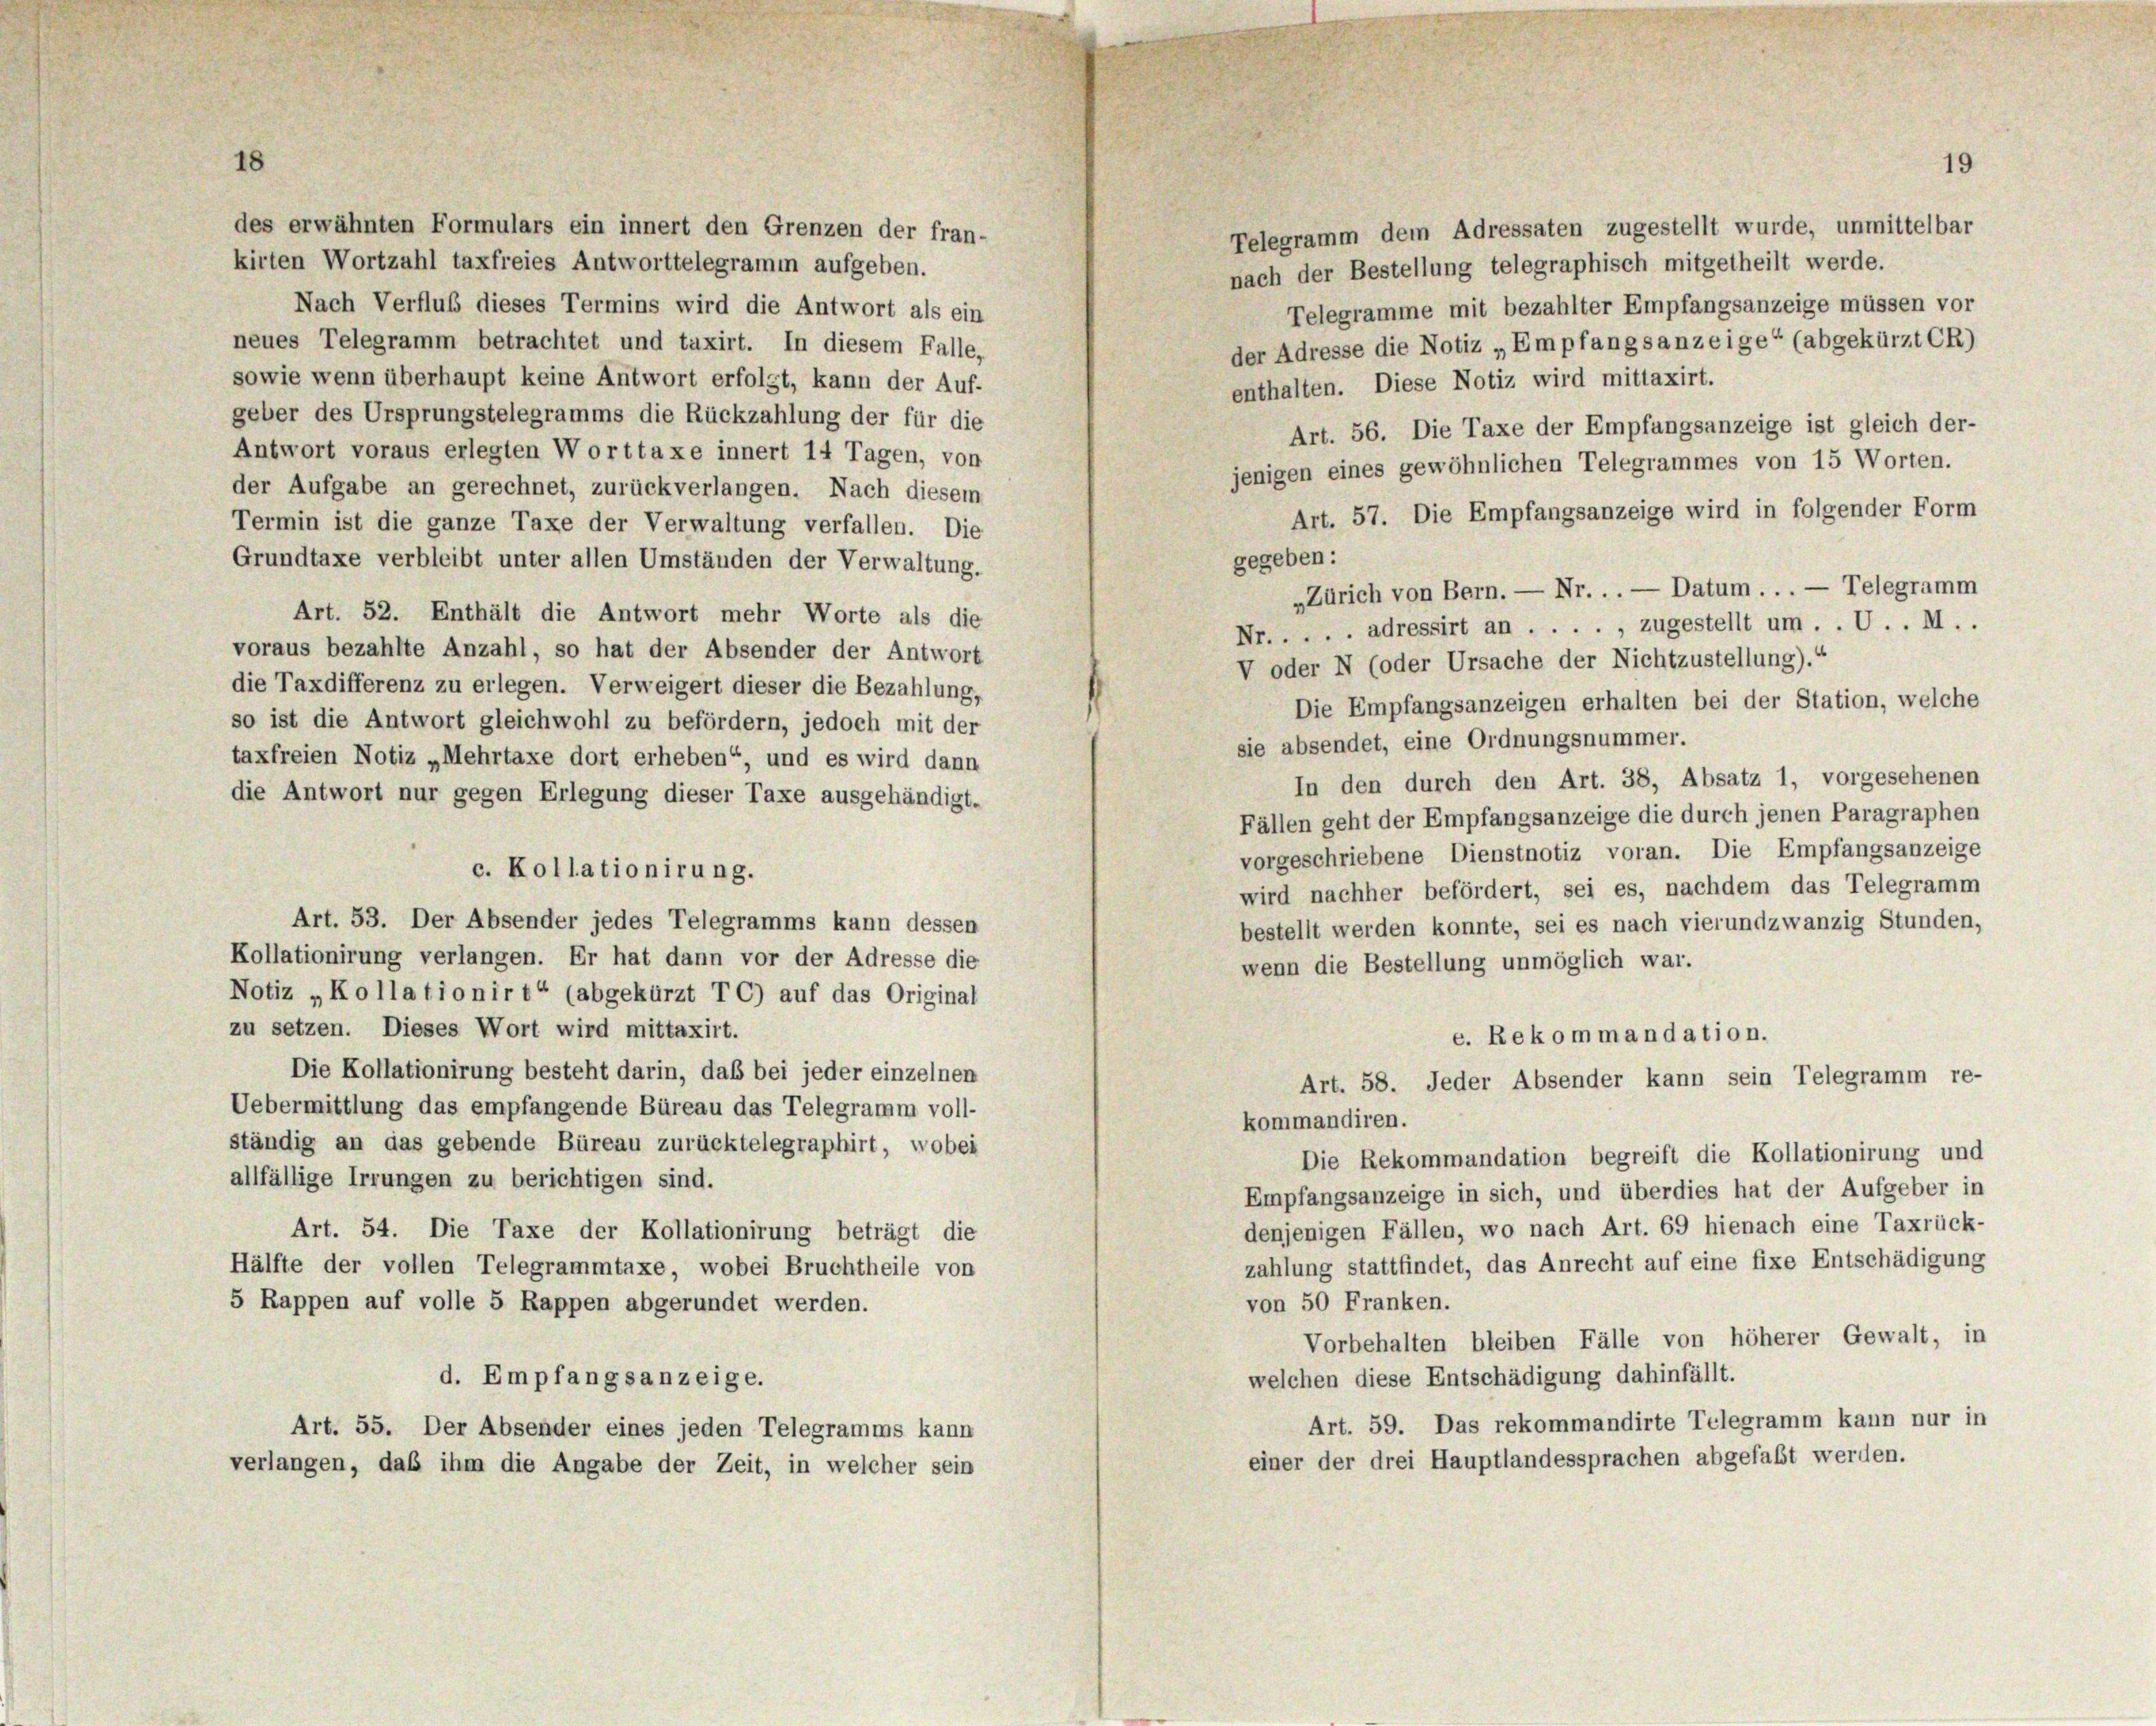
des erwähnten Formulars ein innert den Grenzen der fran-
kirten Wortzahl taxfreies Antworttelegramm aufgeben.
Nach Verfluß dieses Termins wird die Antwort als ein
neues Telegramm betrachtet und taxirt. In diesem Falle,
sowie wenn überhaupt keine Antwort erfolgt, kann der Auf-
geber des Ursprungstelegramms die Rückzahlung der für die

Antwort voraus erlegten Worttaxe innert 14 Tagen, von
der Aufgabe an gerechnet, zurückverlangen. Nach diesem
Termin ist die ganze Taxe der Verwaltung verfallen. Die
Grundtaxe verbleibt unter allen Umständen der Verwaltung.
gegeben:
Art. 52. Enthält die Antwort mehr Worte als die
voraus bezahlte Anzahl, so hat der Absender der Antwort
V oder N (oder Ursache der Nichtzustellung).
die Taxdifferenz zu erlegen. Verweigert dieser die Bezahlung,
Die Empfangsanzeigen erhalten bei der Station, welche
so ist die Antwort gleichwohl zu befördern, jedoch mit der
sie absendet, eine Ordnungsnummer.
taxfreien Notiz „Mehrtaxe dort erheben“, und es wird dann
In den durch den Art. 38, Absatz 1, vorgesehenen
die Antwort nur gegen Erlegung dieser Taxe ausgehändigt.
Fällen geht der Empfangsanzeige die durch jenen Paragraphen
vorgeschriebene Dienstnotiz voran. Die Empfangsanzeige
c. Kollationirung.
wird nachher befördert, sei es, nachdem das Telegramm
Art. 33. Der Absender jedes Telegramms kann dessen
bestellt werden konnte, sei es nach vierundzwanzig Stunden,
Kollationirung verlangen. Er hat dann vor der Adresse die
wenn die Bestellung unmöglich war.
Notiz „Kollationirt“ (abgekürzt TC) auf das Original
zu setzen. Dieses Wort wird mittaxirt.
c. Rekommandation.
Die Kollationirung besteht darin, daß bei jeder einzelnen
Art. 58. Jeder Absender kann sein Telegramm re-
Uebermittlung das empfangende Büreau das Telegramm voll-
kommandiren.
ständig an das gebende Büreau zurücktelegraphirt, wobei
Die Rekommandation begreift die Kollationirung und
allfällige Irrungen zu berichtigen sind.
Empfangsanzeige in sich, und überdies hat der Aufgeber in
denjenigen Fällen, wo nach Art. 69 hienach eine Taxrück-
Art. 54. Die Taxe der Kollationirung beträgt die
zahlung stattfindet, das Anrecht auf eine fixe Entschädigung
Hälfte der vollen Telegrammtaxe, wobei Bruchtheile von
5 Rappen auf volle 5 Rappen abgerundet werden.
von 50 Franken.
Vorbehalten bleiben Fälle von höherer Gewalt, in
welchen diese Entschädigung dahinfällt.
d. Empfangsanzeige.
Art. 59. Das rekommandirte Telegramm kann nur in
Art. 55. Der Absender eines jeden Telegramms kann
einer der drei Hauptlandessprachen abgefaßt werden.
verlangen, daß ihm die Angabe der Zeit, in welcher sein

19

Telegramm dem Adressaten zugestellt wurde, unmittelbar
nach der Bestellung telegraphisch mitgetheilt werde.
Telegramme mit bezahlter Empfangsanzeige müssen vor
der Adresse die Notiz „Empfangsanzeige“ (abgekürzt CR)
enthalten. Diese Notiz wird mittaxirt.
Art. 56. Die Taxe der Empfangsanzeige ist gleich der-
jenigen eines gewöhnlichen Telegrammes von 15 Worten.
Art. 57. Die Empfangsanzeige wird in folgender Form
„Zürich von Bern. — Nr. . . — Datum ... — Telegramm
Nr. . . . . adressirt an . . . ., zugestellt um . . U. .M..